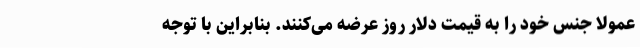
عمولاً جنس خود را به قیمت دلار روز عرضه می‌کنند. بنابراین با توجه